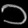
Digit: ၁